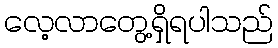
လေ့လာတွေ့ရှိရပါသည်